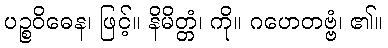
ပဉ္စဝိဓေန၊ ဖြင့်။ နိမိတ္တံ၊ ကို။ ဂဟေတဗ္ဗံ၊ ၏။